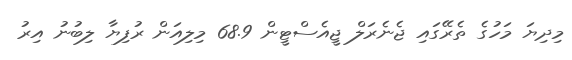
މިދިޔަ މަހުގެ ތެރޭގައި ޖެނެރަލް ޖީއެސްޓީން 68.9 މިލިއަން ރުފިޔާ ލިބުނު އިރު